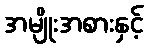
အမျိုးအစားနှင့်